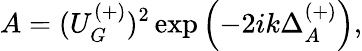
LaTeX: A=(U_{G}^{(+)})^{2}\exp\left(-2ik\Delta_{A}^{(+)}\right),